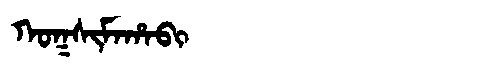
Manchu: ᡴᠣᡴᠰᡳᠮᠠᡥᠠᠪᡳ
Romanization: KOKSIMAHABI